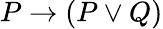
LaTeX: P\to(P\lor Q)